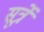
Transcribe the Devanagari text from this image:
सूर्त्रे